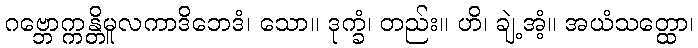
ဂဗ္ဘောက္ကန္တိမူလကာဒိဘေဒံ၊ သော။ ဒုက္ခံ၊ တည်း။ ဟိ၊ ချဲ့အံ့။ အယံသတ္ထော၊